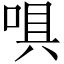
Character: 㖵